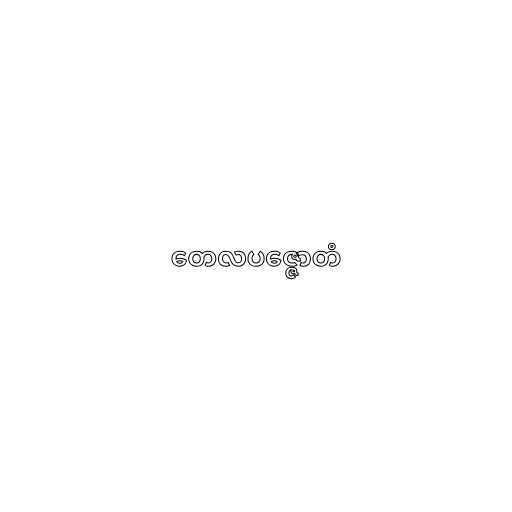
တေလပဇ္ဇောတံ